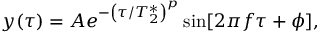
y ( \tau ) = A e ^ { - \left( \tau / T _ { 2 } ^ { * } \right) ^ { p } } \sin [ 2 \pi f \tau + \phi ] ,